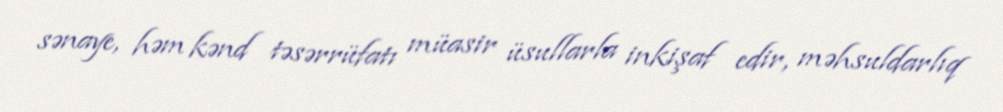
sənaye, həm kənd təsərrüfatı müasir üsullarla inkişaf edir, məhsuldarlıq